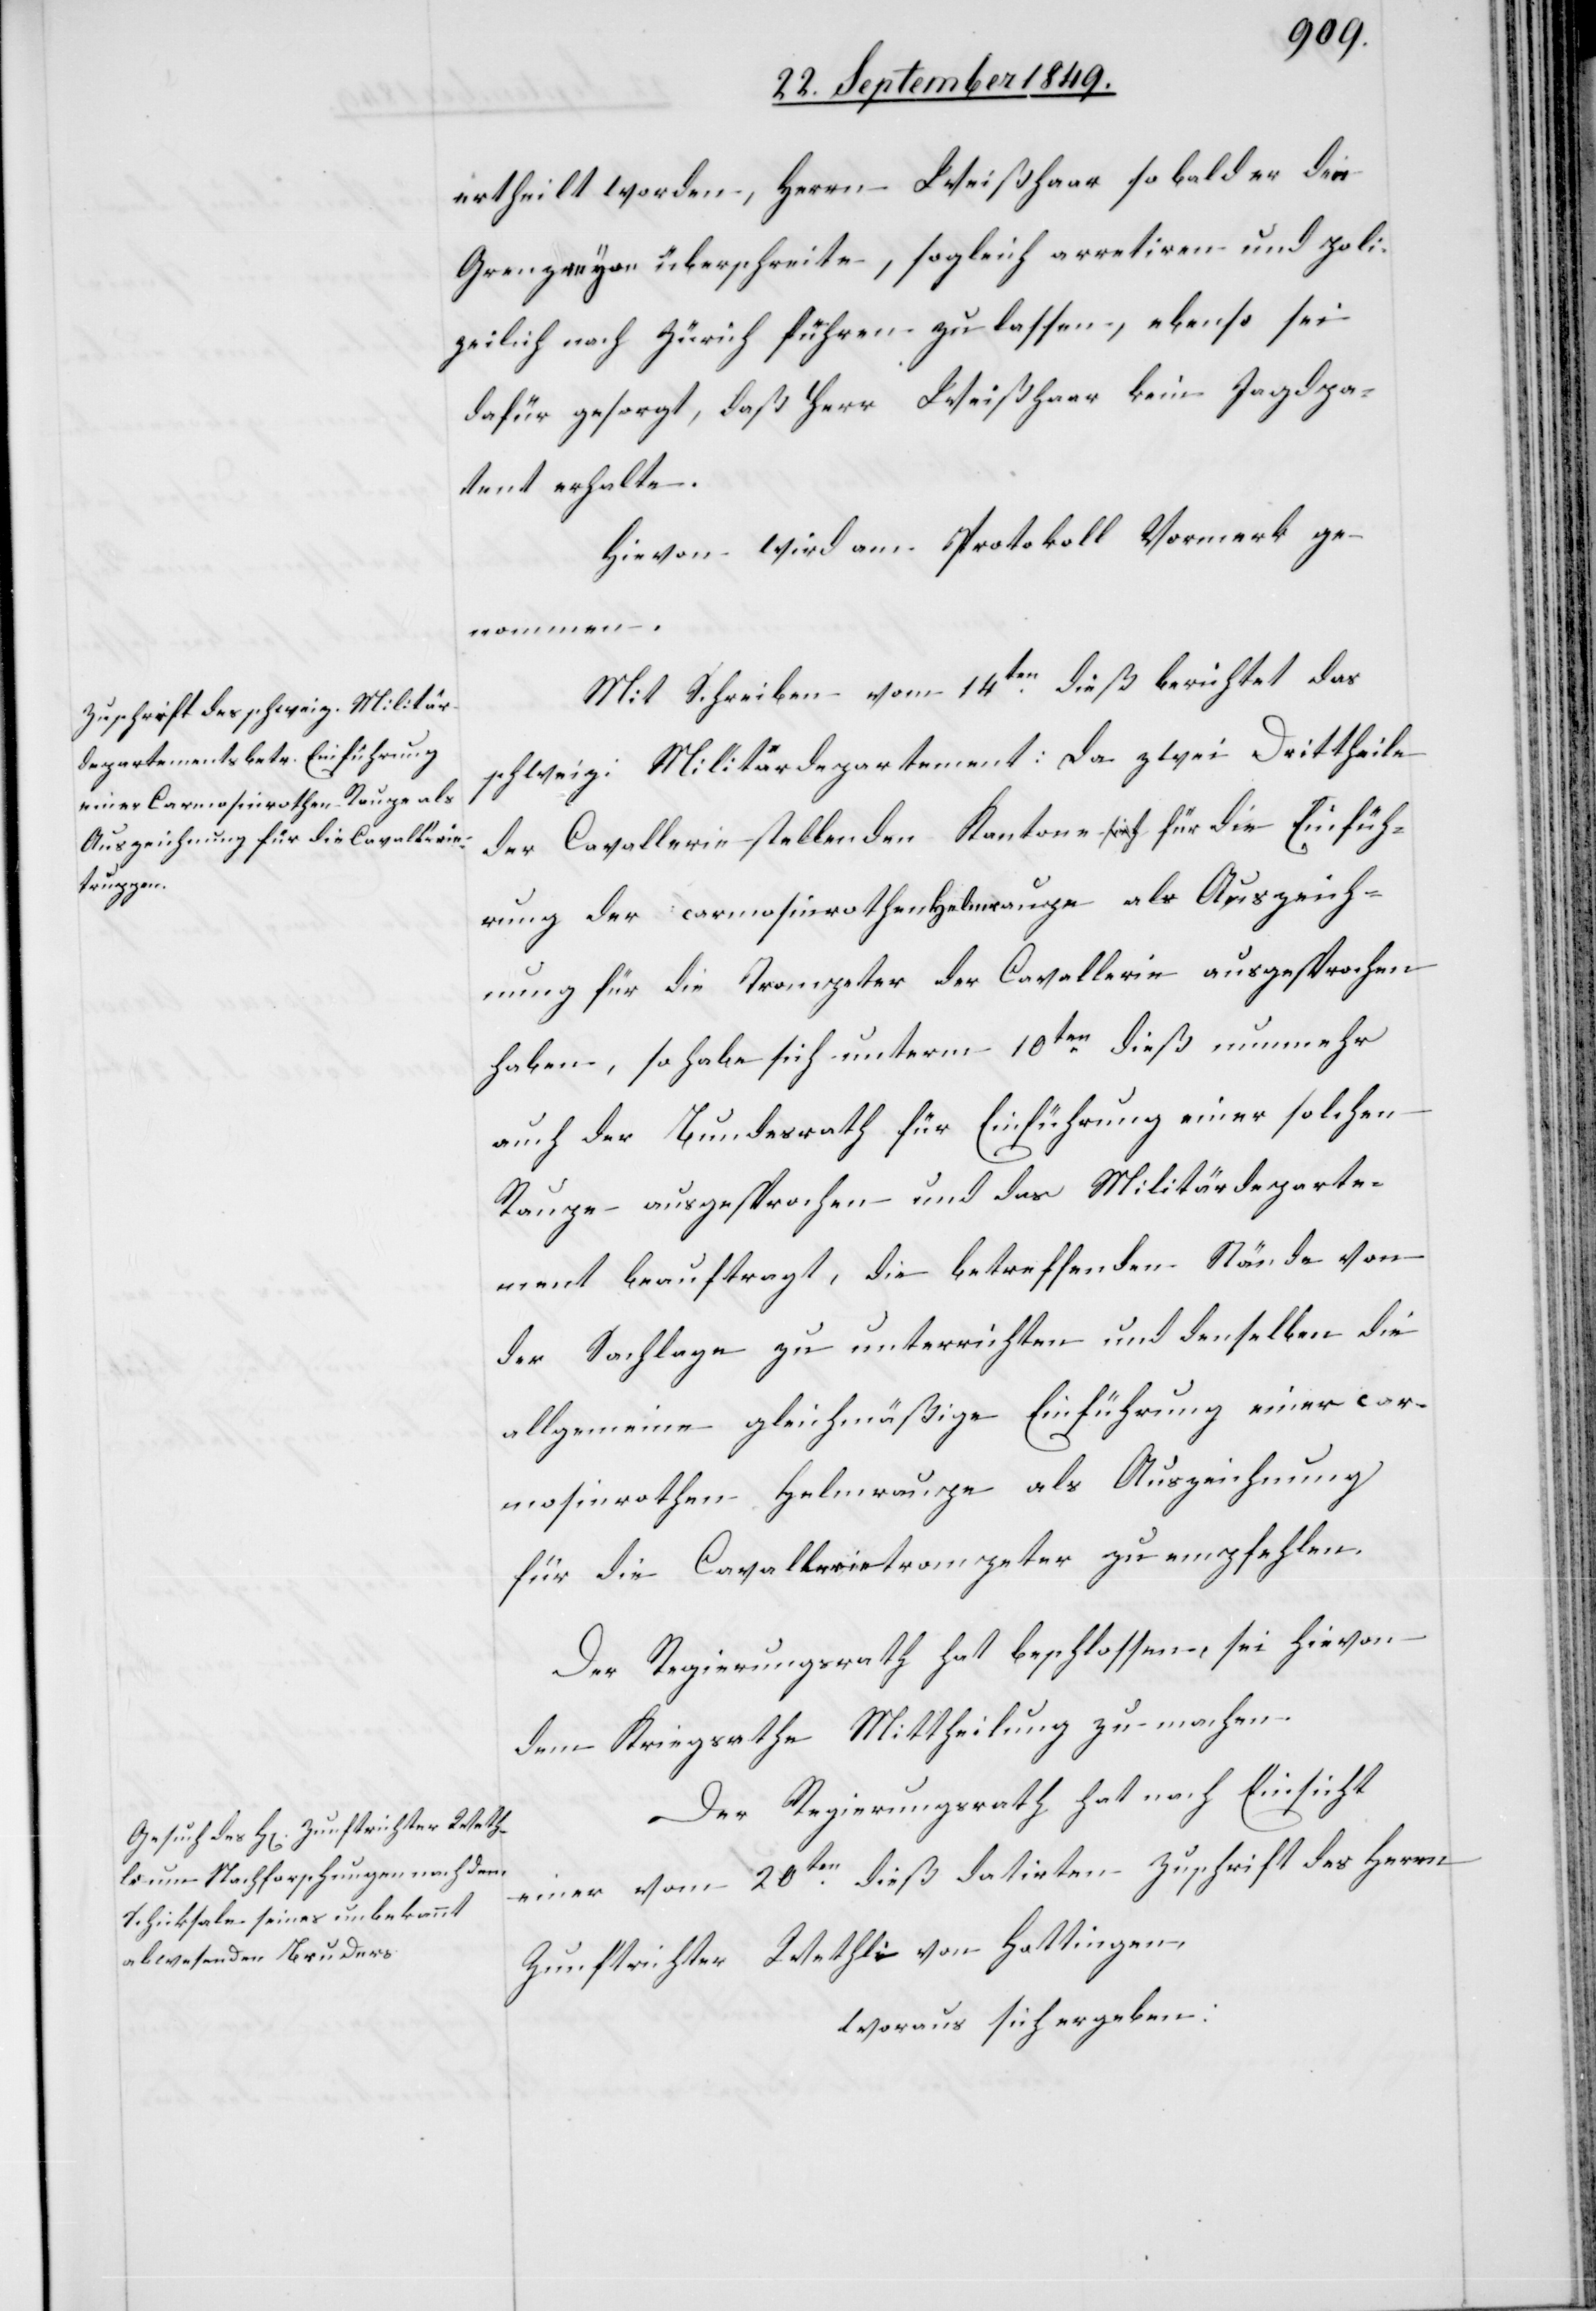
Auszeic¬

ertheilt worden, Herrn Weißhaar so bald er die
Grenzreyen überschreite, sogleich arretiren und poli¬
zeilich nach Zürich führen zu lassen, ebenso sei
dafür gesorgt, daß Herr Weißhaar kein Jagdpa¬
tent erhalte.
Hievon wird am Protokoll Vormerk ge¬
nung
Mit Schreiben vom 14ten dieß berichtet das
schweiz: Militärdepartement: da zwei Drittheile
der Cavallerie stellenden Kantone für die Einfüh¬
rung der carmosinrothen Helmraupe als Auszeich¬
hnung für die Trompeter der Cavallerie ausgesprochen
haben, so habe sich unterm 10ten dieß nunmehr
auch der Bundesrath für Einführung einer solchen
Raupe ausgesprochen und das Militärdeparte¬
ment beauftragt, die betreffenden Stände von
der Sachlage zu unterrichten und denselben die
allgemeine gleichmäßige Einführung einer car¬
mosinrothen Helmraupe als Auszeichnung
für die Cavallerietrompeter zu empfehlen.
Der Regierungsrath hat beschlossen, sei hievon
dem Kriegsrathe Mittheilung zu machen.
Der Regierungsrath hat nach Einsicht
einer vom 20ten dieß datirten Zuschrift des Herrn
Zunftrichter Wethli von Hettingen.
woraus sich ergeben: